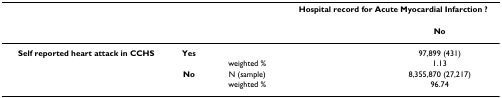
<table><thead><tr><td>[EMPTY_CELL]</td><td>[EMPTY_CELL]</td><td>[EMPTY_CELL]</td><td colspan="2"><b>Hospital record for Acute Myocardial Infarction ?</b></td></tr></thead><tbody><tr><td>[EMPTY_CELL]</td><td>[EMPTY_CELL]</td><td>[EMPTY_CELL]</td><td>[EMPTY_CELL]</td><td><b>No</b></td></tr><tr><td><b>Self reported heart attack in CCHS</b></td><td><b>Yes</b></td><td>[EMPTY_CELL]</td><td>[EMPTY_CELL]</td><td>97,899 (431)</td></tr><tr><td>[EMPTY_CELL]</td><td>[EMPTY_CELL]</td><td>weighted %</td><td>[EMPTY_CELL]</td><td>1.13</td></tr><tr><td>[EMPTY_CELL]</td><td><b>No</b></td><td>N (sample)</td><td>[EMPTY_CELL]</td><td>8,355,870 (27,217)</td></tr><tr><td>[EMPTY_CELL]</td><td>[EMPTY_CELL]</td><td>weighted %</td><td>[EMPTY_CELL]</td><td>96.74</td></tr></tbody></table>